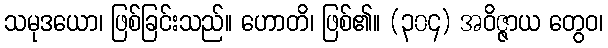
သမုဒယော၊ ဖြစ်ခြင်းသည်။ ဟောတိ၊ ဖြစ်၏။ (၃၀၄) အဝိဇ္ဇာယ တွေဝ၊